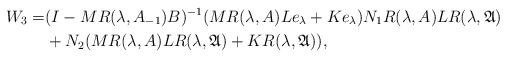
\begin{align*} W_3=&(I-MR(\lambda,A_{-1})B)^{-1}(MR(\lambda,A)Le_\lambda+Ke_\lambda)N_1R(\lambda,A)LR(\lambda,\mathfrak{A})\\&+N_2(MR(\lambda,A)LR(\lambda,\mathfrak{A})+KR(\lambda,\mathfrak{A})),\end{align*}